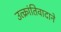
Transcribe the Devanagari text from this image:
उत्क्रांतिवादाने